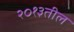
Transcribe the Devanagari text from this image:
२०१३तील